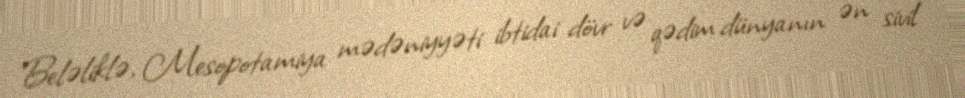
Beləliklə, Mesopotamiya mədəniyyəti ibtidai dövr və qədim dünyanın ən sivil